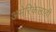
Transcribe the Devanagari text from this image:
अमेरिकेलाही